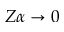
Z \alpha \rightarrow 0